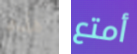
هذه أمتع